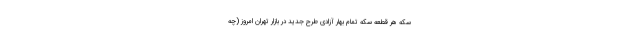
سکه هر قطعه سکه تمام بهار آزادی طرح جدید در بازار تهران امروز (چه